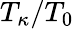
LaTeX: T_{\kappa}/T_{0}